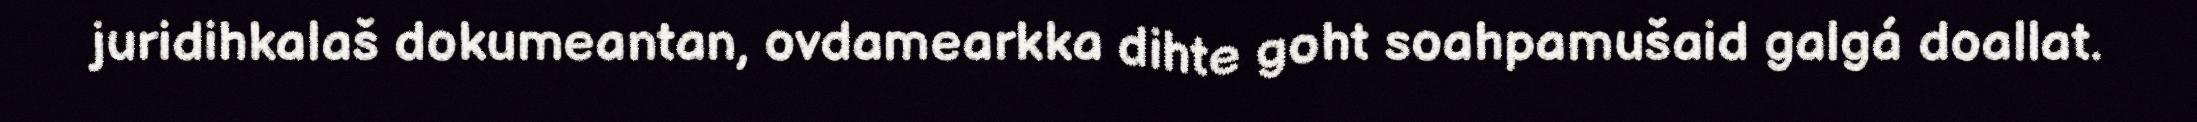
juridihkalaš dokumeantan, ovdamearkka dihte goht soahpamušaid galgá doallat.